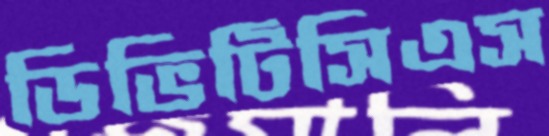
ডিভিটিসিএস